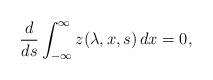
LaTeX: \begin{align*}\frac{d}{d s}\int_{-\infty}^{\infty}z(\lambda, x, s)\,dx=0,\end{align*}